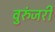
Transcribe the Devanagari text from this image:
वुरुंजरी